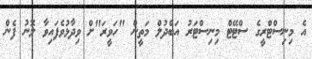
އެ މިނިސްޓްރީގެ ސްޓޭޓް މިނިސްޓަރު އަބްދުލް މަތީން "ހަވީރަ"ށް ވިދާޅުވެފައިވާ ލޮނު ފެން